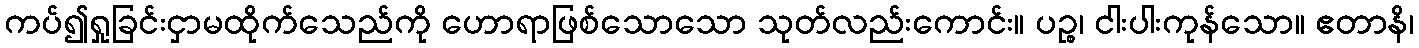
ကပ်၍ရှုခြင်းငှာမထိုက်သေည်ကို ဟောရာဖြစ်သောသော သုတ်လည်းကောင်း။ ပဉ္စ၊ ငါးပါးကုန်သော။ ဧတာနိ၊